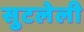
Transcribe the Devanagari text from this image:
सुटलेली